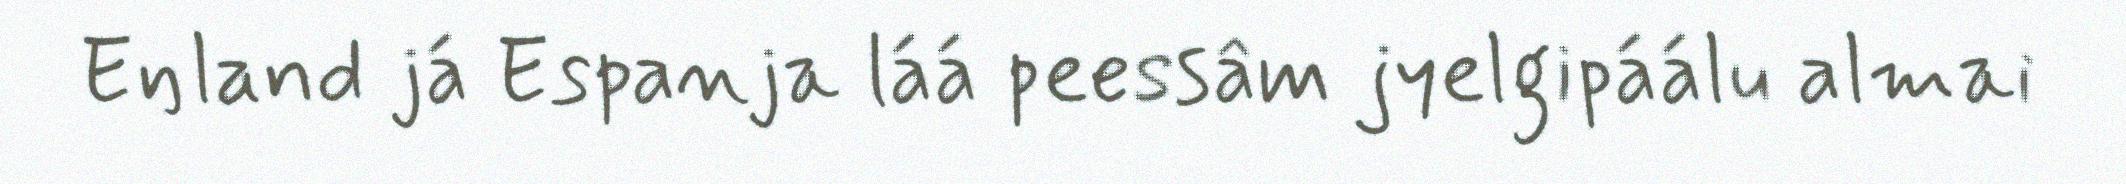
Eŋland já Espanja láá peessâm jyelgipáálu almai